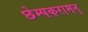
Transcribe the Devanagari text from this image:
छेम्पकरामन्